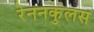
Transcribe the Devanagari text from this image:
रेननकुलस